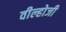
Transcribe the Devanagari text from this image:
वील्होजी